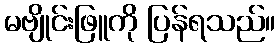
မဗျိုင်းဖြူကို ပြန်ရသည်။